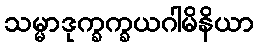
သမ္မာဒုက္ခက္ခယဂါမိနိယာ